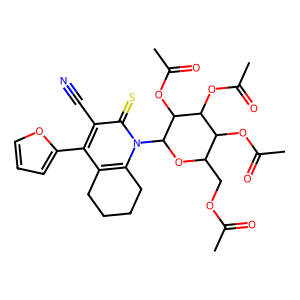
SMILES: CC(=O)OCC1OC(n2c3c(c(-c4ccco4)c(C#N)c2=S)CCCC3)C(OC(C)=O)C(OC(C)=O)C1OC(C)=O
Inhibits HIV replication: No